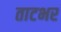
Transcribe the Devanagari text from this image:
ताटभर